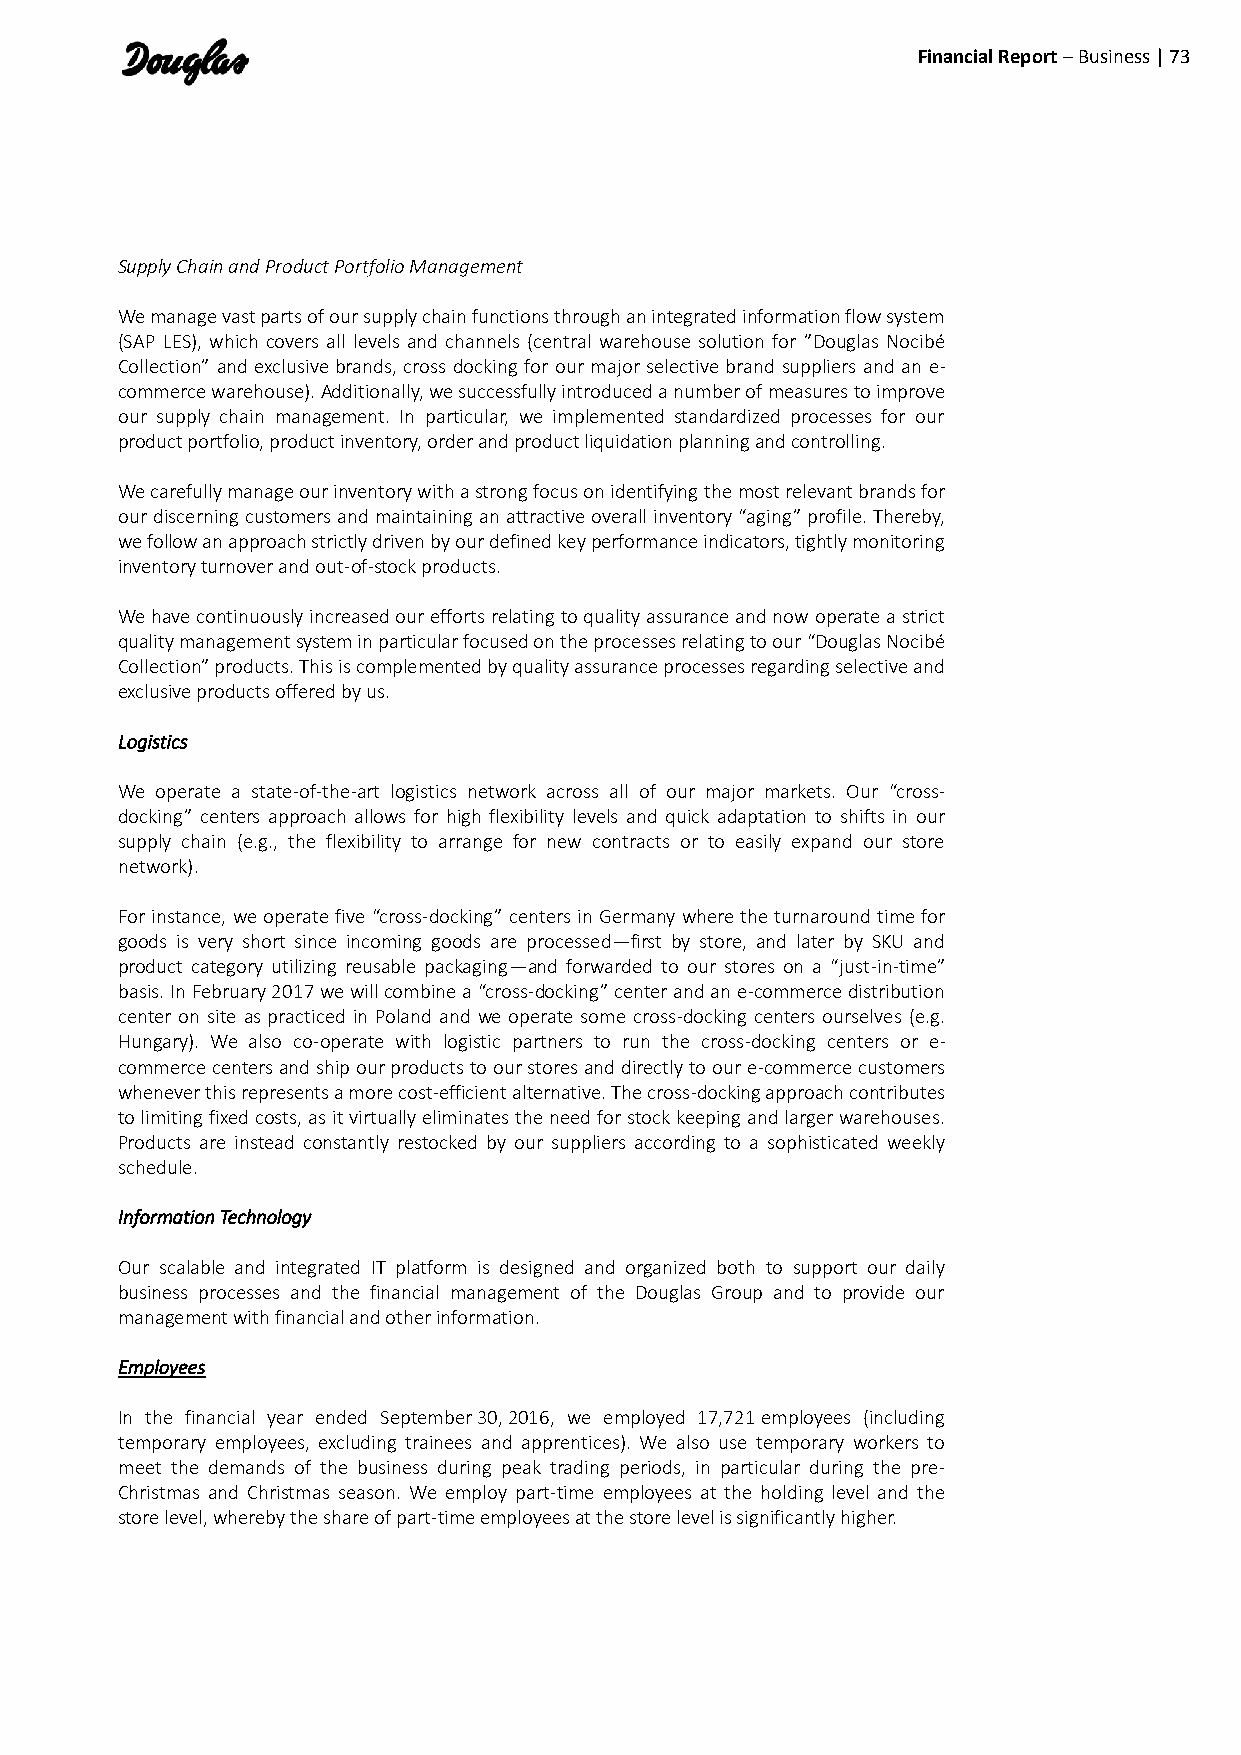
Financial Report – Business | 73
 Supply Chain and Product Portfolio Management
 We manage vast parts of our supply chain functions through an integrated information flow system
 (SAP LES), which covers all levels and channels (central warehouse solution for ”Douglas Nocibé
 Collection” and exclusive brands, cross docking for our major selective brand suppliers and an e-
 commerce warehouse). Additionally, we successfully introduced a number of measures to improve
 our supply chain management. In particular, we implemented standardized processes for our
 product portfolio, product inventory, order and product liquidation planning and controlling.
 We carefully manage our inventory with a strong focus on identifying the most relevant brands for
 our discerning customers and maintaining an attractive overall inventory “aging” profile. Thereby,
 we follow an approach strictly driven by our defined key performance indicators, tightly monitoring
 inventory turnover and out-of-stock products.
 We have continuously increased our efforts relating to quality assurance and now operate a strict
 quality management system in particular focused on the processes relating to our “Douglas Nocibé
 Collection” products. This is complemented by quality assurance processes regarding selective and
 exclusive products offered by us.
 Logistics
 We operate a state-of-the-art logistics network across all of our major markets. Our “cross-
 docking” centers approach allows for high flexibility levels and quick adaptation to shifts in our
 supply chain (e.g., the flexibility to arrange for new contracts or to easily expand our store
 network).
 For instance, we operate five “cross-docking” centers in Germany where the turnaround time for
 goods is very short since incoming goods are processed—first by store, and later by SKU and
 product category utilizing reusable packaging—and forwarded to our stores on a “just-in-time”
 basis. In February 2017 we will combine a “cross-docking” center and an e-commerce distribution
 center on site as practiced in Poland and we operate some cross-docking centers ourselves (e.g.
 Hungary). We also co-operate with logistic partners to run the cross-docking centers or e-
 commerce centers and ship our products to our stores and directly to our e-commerce customers
 whenever this represents a more cost-efficient alternative. The cross-docking approach contributes
 to limiting fixed costs, as it virtually eliminates the need for stock keeping and larger warehouses.
 Products are instead constantly restocked by our suppliers according to a sophisticated weekly
 schedule.
 Information Technology
 Our scalable and integrated IT platform is designed and organized both to support our daily
 business processes and the financial management of the Douglas Group and to provide our
 management with financial and other information.
 Employees
 In the financial year ended September 30, 2016, we employed 17,721 employees (including
 temporary employees, excluding trainees and apprentices). We also use temporary workers to
 meet the demands of the business during peak trading periods, in particular during the pre-
 Christmas and Christmas season. We employ part-time employees at the holding level and the
 store level, whereby the share of part-time employees at the store level is significantly higher.